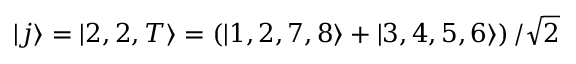
| j \rangle = | 2 , 2 , T \rangle = \left( | 1 , 2 , 7 , 8 \rangle + | 3 , 4 , 5 , 6 \rangle \right) / \sqrt { 2 }